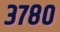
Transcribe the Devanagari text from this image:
३७८०